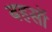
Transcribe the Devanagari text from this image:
बहसॉ